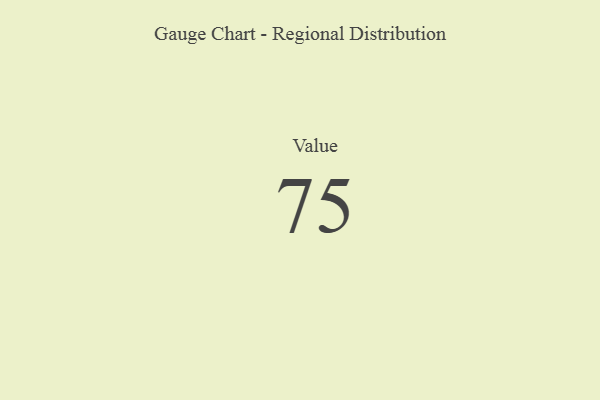
{"axis": {"x": "Metric", "y": "Value"}, "legend": [""], "data": [{"x": "Value", "y": 75, "type": ""}]}